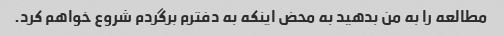
مطالعه را به من بدهید به محض اینکه به دفترم برگردم شروع خواهم کرد.